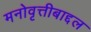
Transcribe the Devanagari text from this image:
मनोवृत्तीबाद्दल